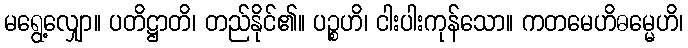
မရွေ့လျှော။ ပတိဋ္ဌာတိ၊ တည်နိုင်၏။ ပဉ္စဟိ၊ ငါးပါးကုန်သော။ ကတမေဟိဓမ္မေဟိ၊